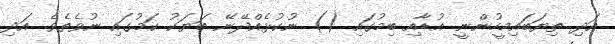
އަދި ތިޔަބައިމީހުންނީ އުޑާއި ބިމުގައި () ނުކުޅެއްދޭނޭ ބަޔަކު ކަމުގައި ނުވެތެވެ. އަދި